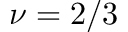
\nu = 2 / 3